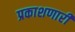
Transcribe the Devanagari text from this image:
प्रकाशणारी